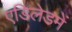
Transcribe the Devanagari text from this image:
एडिलेडमें